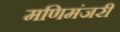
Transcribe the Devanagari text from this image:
मणिमंजरी